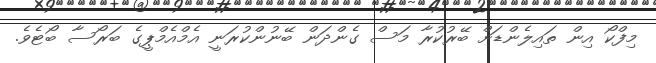
މިފްކޯ އިން ތައިލެންޑަށް ބޭރުކުރާ މަސް ގެންދަން ބޭނުންކުރަނީ އެމްއެމްޕީގެ ބަރޯސާ ބޯޓެވެ.